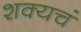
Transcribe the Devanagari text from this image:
शक्यचं